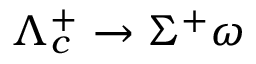
\Lambda _ { c } ^ { + } \to \Sigma ^ { + } \omega